Indian journal of veterinary science and animal husbandry - Volume 6,
Year: 1936
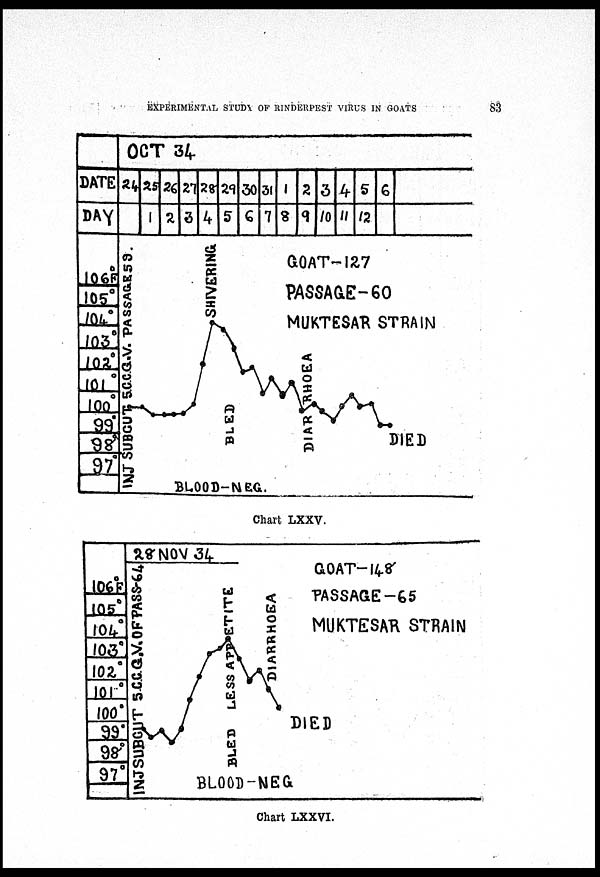
EXPERIMENTAL STUDY OF RINDERPEST VIRUS IN GOATS
83
Chart LXXV.
Chart LXXVI.